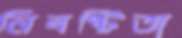
নিবষ্টিতা